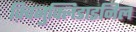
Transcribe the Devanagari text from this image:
क़्विनुक्लिडाइनिल